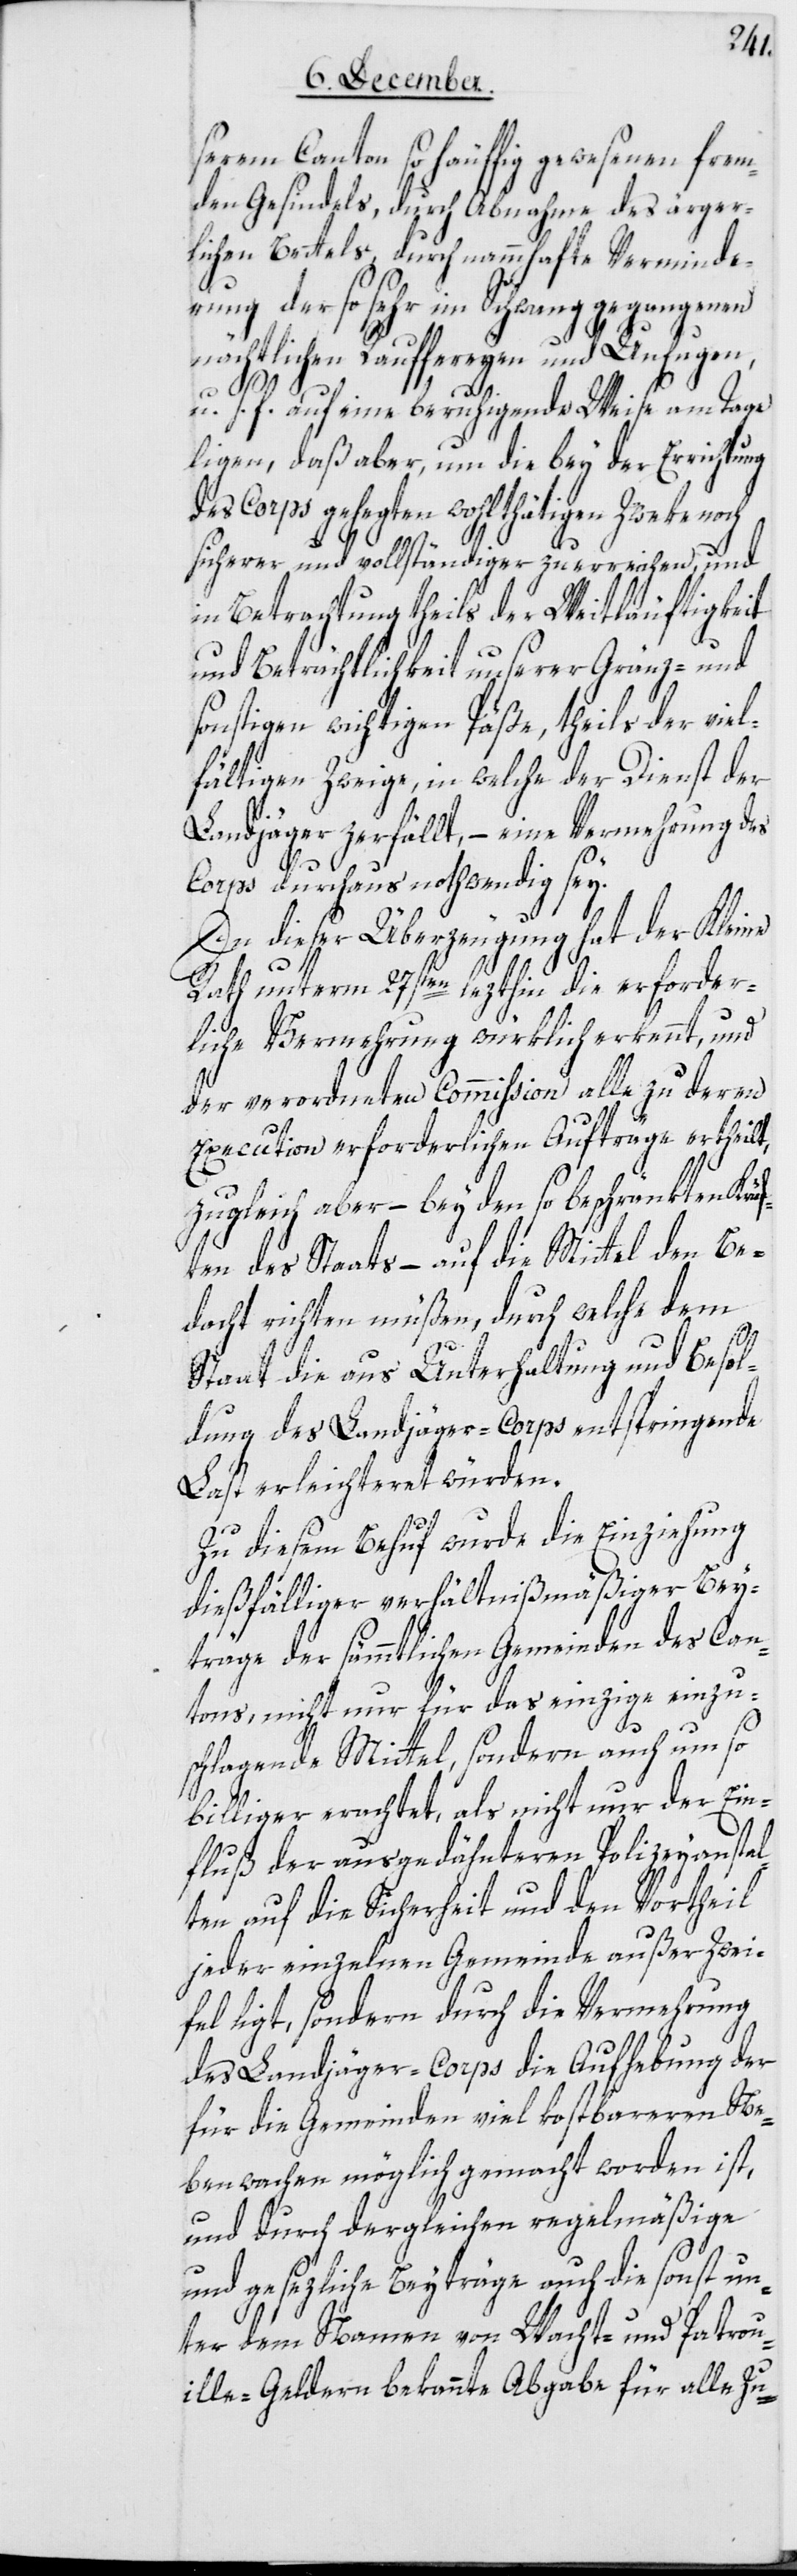
serem Canton so häuffig gewesenen frem¬
den Gesindels, durch Abnahme des ärger¬
lichen Bettels, durch namhafte Verminde¬
rung der so sehr im Schwang gegangenen
nächtlichen Rauffereyen und Unfugen
u. s. f., auf eine beruhigende Weise am Tage
ligen, daß aber, um die bey der Errichtung
des Corps gehegten wohlthätigen Zweke noch
sicherer und vollständiger zu erreichen, und
in Betrachtung theils der Weitläufigkeit
und Beträchtlichkeit unserer Gränz- und
sonstigen wichtigen Päße, theils der viel¬
fältigen Zweige, in welche der Dienst der
Landjäger zerfällt, – eine Vermehrung des
Corps durchaus nothwendig sey.
In dieser Überzeugung hat der Kleine
Rath unterm 27sten lezthin die erforder¬
liche Vermehrung würklich erkennt, und
der verordneten Commißion alle zu deren
Execution erforderlichen Aufträge ertheilt,
zugleich aber, – bey den so beschränkten Kräf¬
ten des Staats, – auf die Mittel den Be¬
dacht richten müßen, durch welche dem
Staat die aus Unterhaltung und Besol¬
dung des Landjäger-Corps entspringende
Last erleichteret würden.
Zu diesem Behuf wurde die Einziehung
dießfälliger verhältnismäßiger Bey¬
träge der sämmtlichen Gemeinden des Can¬
tons, nicht nur für das einzige einzu¬
schlagende Mittel, sondern auch um so
billiger erachtet, als nicht nur der Ein¬
fluß der ausgedehnteren Polizeyansta¬
lten auf die Sicherheit und den Vortheil
jeder einzelnen Gemeinde außer Zwei¬
fel ligt, sondern durch die Vermehrung
des Landjäger-Corps die Aufhebung der
für die Gemeinden viel kostbareren Ne¬
benwachen möglich gemacht worden ist,
und durch dergleichen regelmäßige
und gesezliche Beyträge auch die sonst un¬
ter dem Namen von Nacht- und Patrou¬
ille-Geldern bekannte Abgabe für alle Zu-